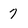
Character: 7